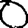
Digit: 0